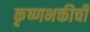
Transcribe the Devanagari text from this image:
कृष्णभक्तीची